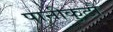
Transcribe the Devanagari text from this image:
पानीकुटौ